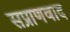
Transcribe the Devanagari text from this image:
सप्राणवाद